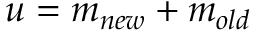
u = m _ { n e w } + m _ { o l d }